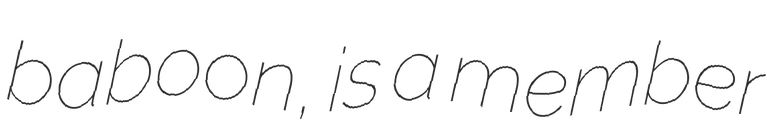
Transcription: baboon, is a member